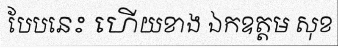
បែបនេះ ហើយខាង ឯកឧត្តម សុខ